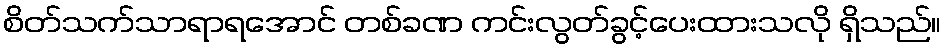
စိတ်သက်သာရာရအောင် တစ်ခဏ ကင်းလွတ်ခွင့်ပေးထားသလို ရှိသည်။